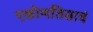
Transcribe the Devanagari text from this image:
एकोणतिसावं